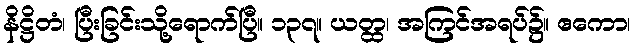
နိဋ္ဌိတံ၊ ပြီးခြင်းသို့ရောက်ပြီ။ ၁၃၇။ ယတ္ထ၊ အကြင်အရပ်၌။ ဧကော၊